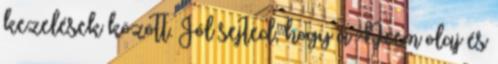
kezelések között. Jól sejted, hogy a Neem olaj és